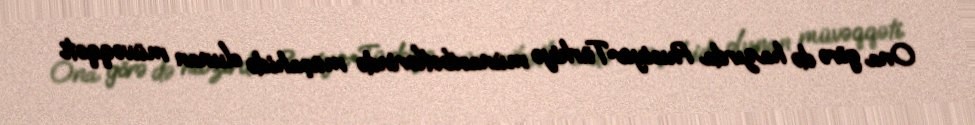
Ona görə də hazırda Rusiya-Türkiyə münasibətlərində müşahidə olunan müvəqqəti